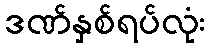
ဒဏ်နှစ်ရပ်လုံး